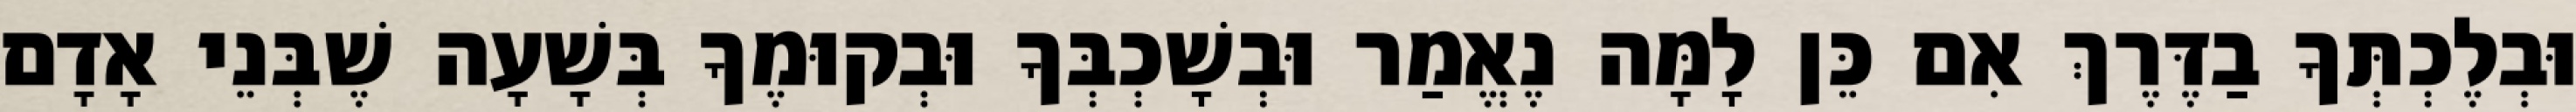
וּבְלֶכְתְּךָ בַדֶּרֶךְ אִם כֵּן לָמָּה נֶאֱמַר וּבְשָׁכְבְּךָ וּבְקוּמֶךָ בְּשָׁעָה שֶׁבְּנֵי אָדָם